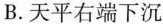
B.天平右端下沉